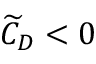
\widetilde { C } _ { D } < 0